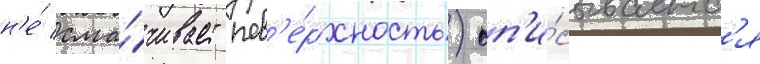
н'е́ сма́чивает пов'е́рхность) оп'и́сываетс'я